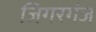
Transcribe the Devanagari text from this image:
जिगरगंज